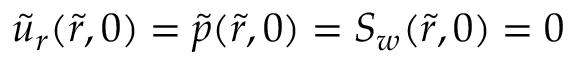
\tilde { u } _ { r } ( \tilde { r } , 0 ) = \tilde { p } ( \tilde { r } , 0 ) = S _ { w } ( \tilde { r } , 0 ) = 0